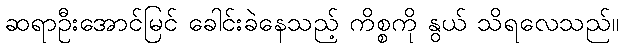
ဆရာဦးအောင်မြင် ခေါင်းခဲနေသည့် ကိစ္စကို နွယ် သိရလေသည်။